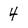
Character: 4